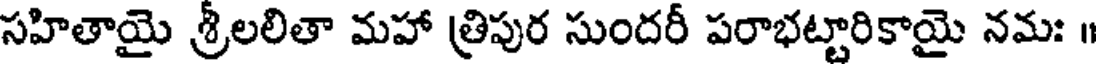
సహితాయై శ్రీలలితా మహా త్రిపుర సుందరీ పరాభట్టారికాయై నమః ॥